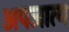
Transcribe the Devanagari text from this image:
अपजात्य